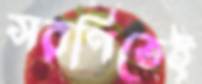
সরণিতেই